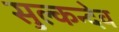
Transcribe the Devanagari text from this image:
सुल्कन्देव